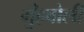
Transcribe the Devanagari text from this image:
मुँहबोली